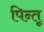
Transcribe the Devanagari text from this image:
पिन्तू